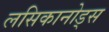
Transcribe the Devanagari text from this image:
लसिकानोड्स